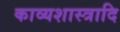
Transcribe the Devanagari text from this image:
काव्यशास्त्रादि